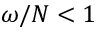
\omega / N < 1